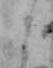
ニ